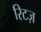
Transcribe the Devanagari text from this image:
रिटज़